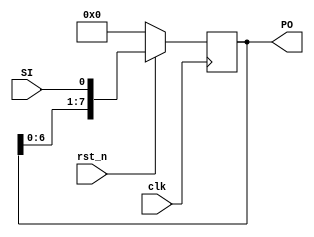
module serial_to_parallel_sr(clk, SI, rst_n, PO);
    parameter W = 8;
    input  clk, SI, rst_n; 
    output reg [W-1:0] PO; 
    always @(posedge clk) begin 
        if(~rst_n)
            PO <= 0;
        else
            PO <= {PO[W-2:0], SI}; 
    end 
endmodule